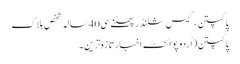
پاکپتن،گیس سلنڈر پھٹنے سی40 سالہ شخص ہلاک
پاکپتن(اُردو پوائنٹ اخبارتازہ ترین۔